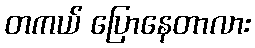
တကယ် ပြောနေတာလား